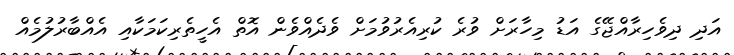
އަދި ދިވެހިރާއްޖޭގެ އަޑު މިހާރަށް ވުރެ ކުރިއެރުވުމަށް ވެދެއްވެން އޮތް އެހީތެރިކަމަކާއި އެއްބާރުލުމެއް